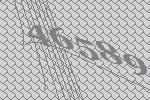
46589